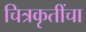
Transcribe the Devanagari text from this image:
चित्रकृतींचा